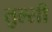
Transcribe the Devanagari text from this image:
तुल्सी